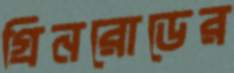
গ্রিনরোডের